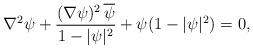
LaTeX: \begin{align*}\nabla^2 \psi + \frac{(\nabla \psi)^2 \, {\overline \psi}}{1- |\psi|^2}+ \psi(1-|\psi|^2)=0,\end{align*}